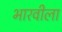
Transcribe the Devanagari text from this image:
भारवीला